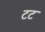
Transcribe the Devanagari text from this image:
टट